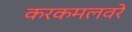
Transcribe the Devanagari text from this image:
करकमलवरे